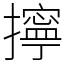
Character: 擰